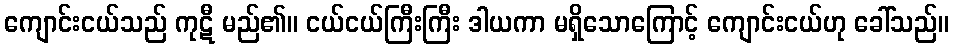
ကျောင်းငယ်သည် ကုဋီ မည်၏။ ငယ်ငယ်ကြီးကြီး ဒါယကာ မရှိသောကြောင့် ကျောင်းငယ်ဟု ခေါ်သည်။